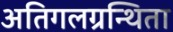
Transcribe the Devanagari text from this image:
अतिगलग्रन्थिता